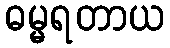
ဓမ္မရတာယ